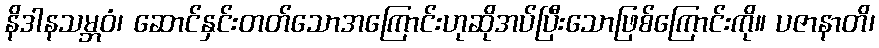
နိဒါနသမ္ဘဝံ၊ ဆောင်နှင်းတတ်သောအကြောင်းဟုဆိုအပ်ပြီးသောဖြစ်ကြောင်းကို။ ပဇာနာတိ၊